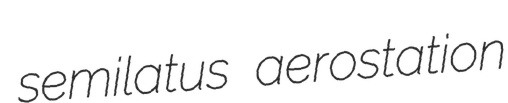
semilatus aerostation